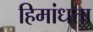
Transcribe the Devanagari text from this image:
हिमांधता